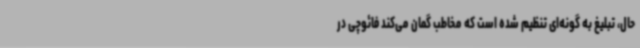
حال، تبلیغ به گونه‌ای تنظیم شده است که مخاطب گمان می‌کند فائوچی در